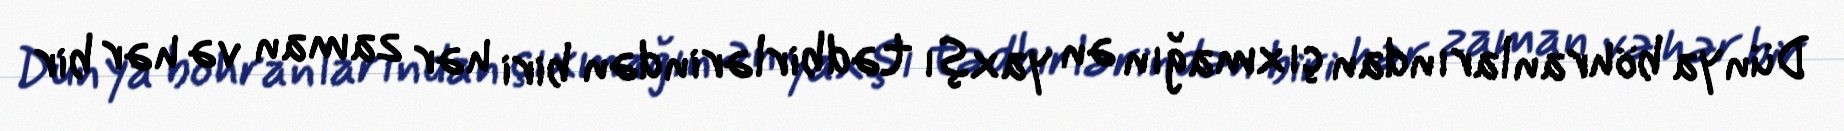
Dünya böhranlarından çıxmağın ən yaxşı tədbirlərindən biri hər zaman və hər bir